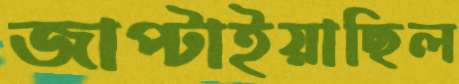
জাপ্‌টাইয়াছিল